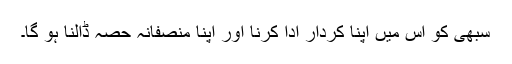
سبھی کو اس میں اپنا کردار ادا کرنا اور اپنا منصفانہ حصہ ڈالنا ہو گا۔